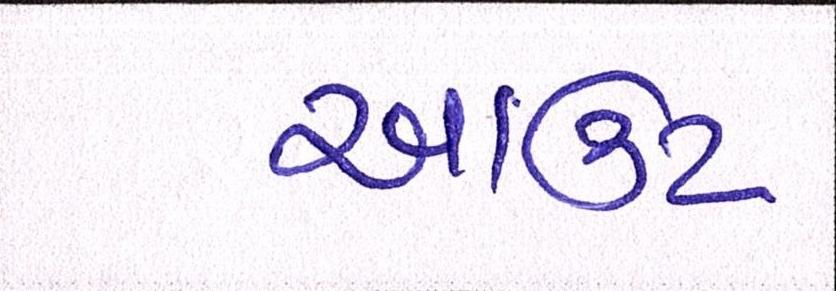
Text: આઉટ